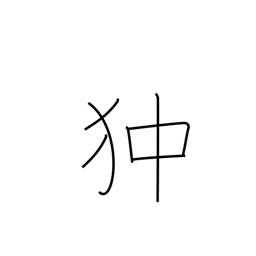
Meaning: Pekinese dog